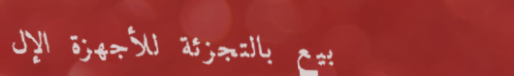
بيع بالتجزئة للأجهزة الإل